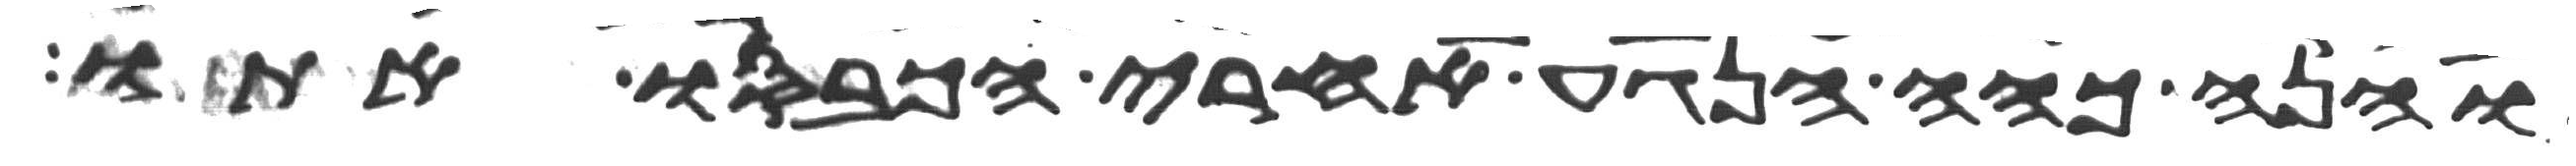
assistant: והנה כהה הנגע אחרי הכבסו אתו